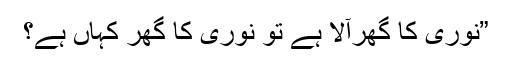
”نوری کا گھرآلا ہے تو نوری کا گھر کہاں ہے؟